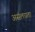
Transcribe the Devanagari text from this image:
असंलग्नता